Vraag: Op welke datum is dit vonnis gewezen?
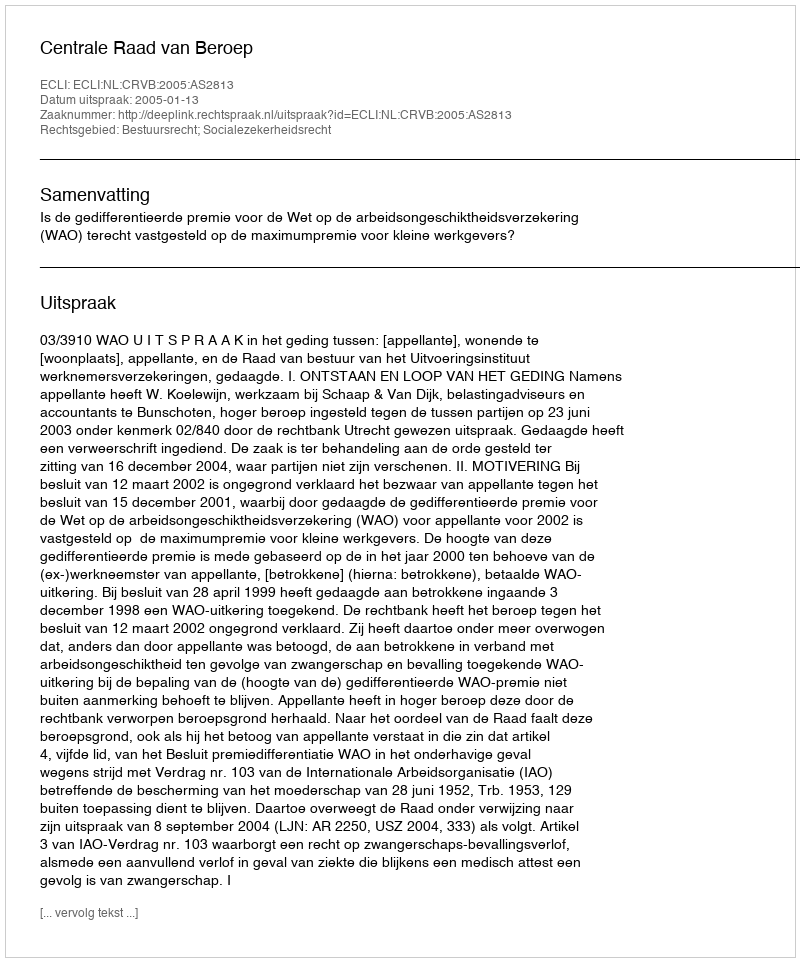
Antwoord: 2005-01-13